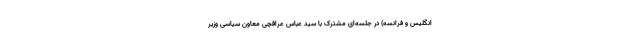
انگلیس و فرانسه) در جلسه‌ای مشترک با سید عباس عراقچی معاون سیاسی وزیر